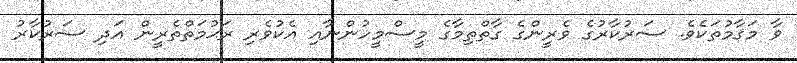
ވާ މަޤާމުތަކެވެ. ސަރުކާރުގެ ވެރީންގެ ގާތްތިމާގެ މީސްމީހުންނާއި އެކުވެރި ރަޙުމަތްތެރީން އަދި ސަރުކާރު